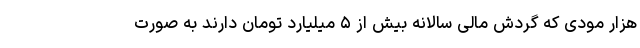
هزار مودی که گردش مالی سالانه بیش از ۵ میلیارد تومان دارند به صورت